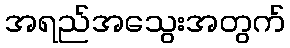
အရည်အသွေးအတွက်